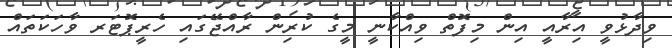
ވިދާޅުވީ އިރާއީ އިން މިފޮތް ވިއްކާނީ މީގެ ކުރިން ރާއްޖޭގައި ހެރީޕޮޓަރ ވާހަކަތައް